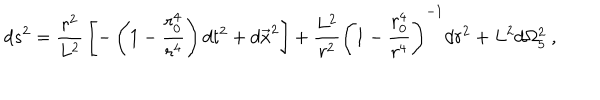
LaTeX: d s ^ { 2 } = { \frac { r ^ { 2 } } { L ^ { 2 } } } \left[ - \left( 1 - { \frac { r _ { 0 } ^ { 4 } } { r ^ { 4 } } } \right) d t ^ { 2 } + d \vec { x } ^ { 2 } \right] + { \frac { L ^ { 2 } } { r ^ { 2 } } } \left( 1 - { \frac { r _ { 0 } ^ { 4 } } { r ^ { 4 } } } \right) ^ { - 1 } d r ^ { 2 } + L ^ { 2 } d \Omega _ { 5 } ^ { 2 } \ ,